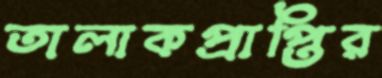
তালাকপ্রাপ্তির